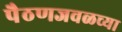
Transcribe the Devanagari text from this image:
पैठणजवळच्या